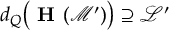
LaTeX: d _ { Q } \big ( \textbf { H } ( \mathcal { M } ^ { \prime } ) \big ) \supseteq \mathcal { L } ^ { \prime }